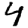
Digit: 4